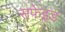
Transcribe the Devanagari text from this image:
सफेइड